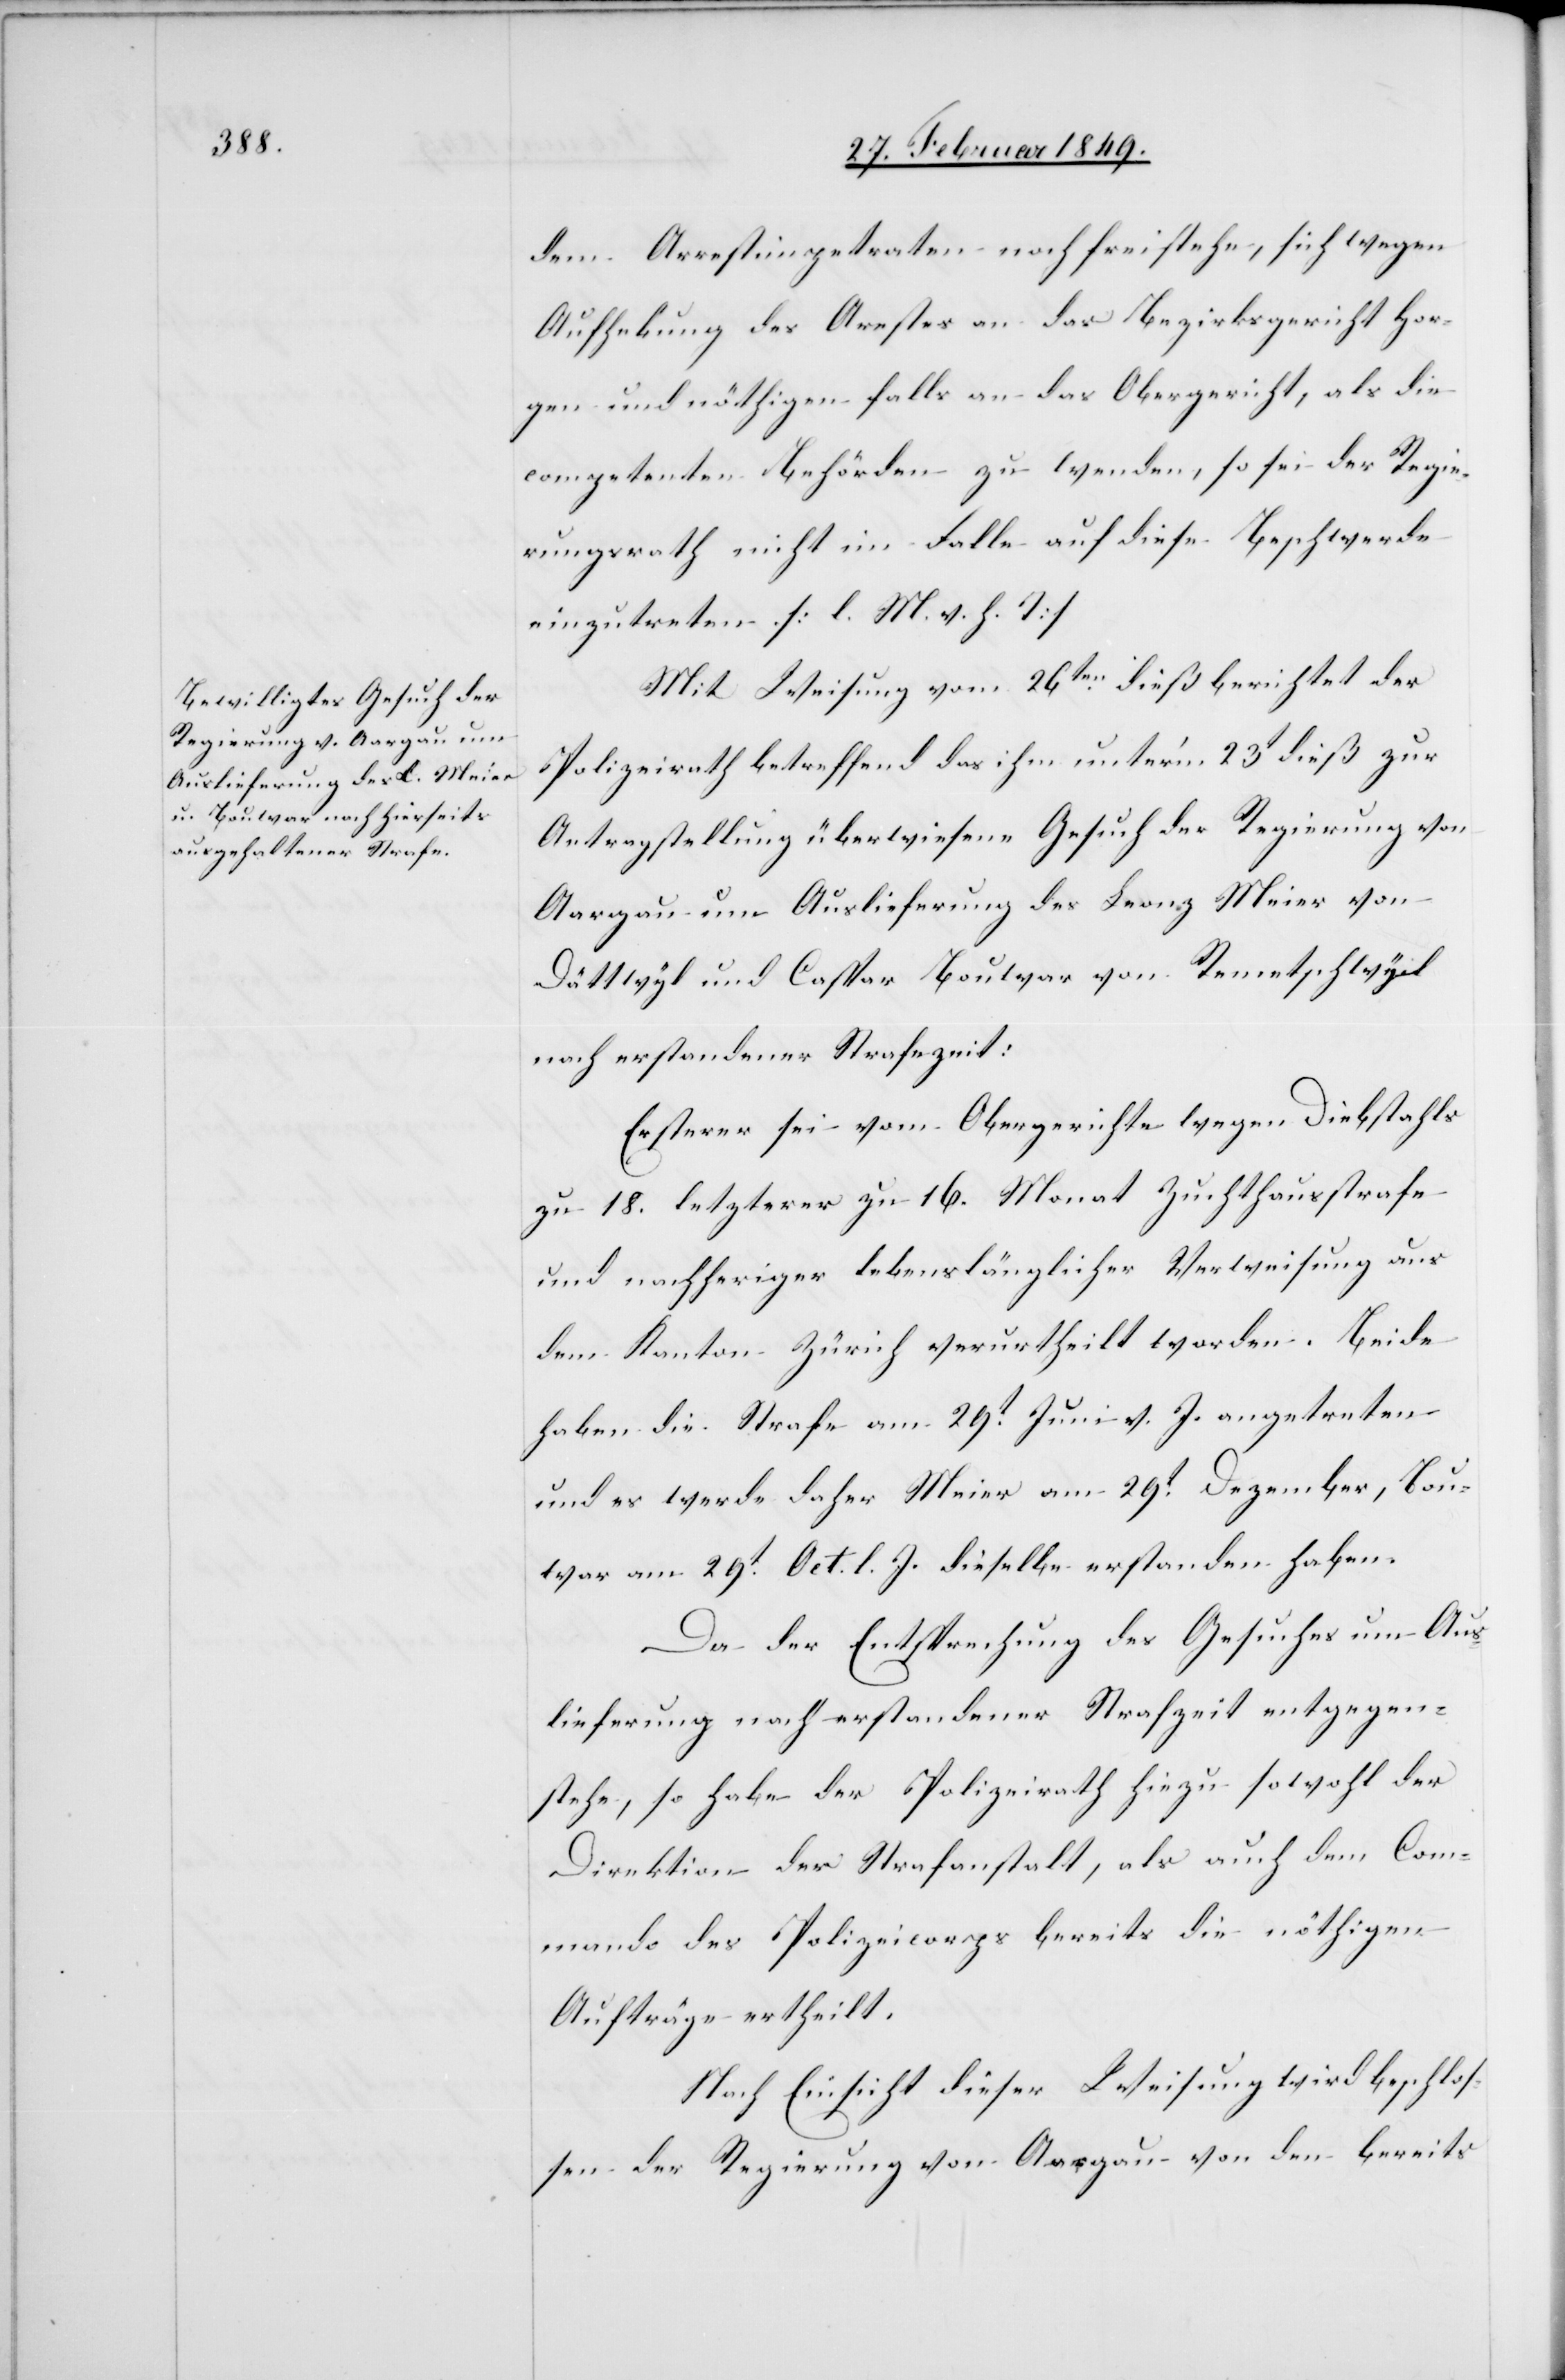
dem Arrestimpetraten noch freistehe, sich wegen
Aufhebung des Arestes an das Bezirksgericht Hor¬
gen und nöthigen falls an das Obergericht, als die
competenten Behörden zu wenden, so sei der Regie¬
rungsrath nicht im Falle auf diese Beschwerde
einzutreten. [l. M. v. h. T]
Mit Weisung vom 26ten. dieß berichtet der
Polizeirath betreffend das ihm unter’m 23t dieß zur
Antragstellung überwiesene Gesuch der Regierung von
Aargau um Auslieferung des Leonz Meier von
Dättwyl und Caspar Bouwar von Remetschwyl
nach erstandener Strafezeit:
Ersterer sei vom Obergerichte wegen Diebstahls
zu 18. letzterer zu 16. Monat Zuchthausstrafe
und nachheriger lebenslänglicher Verweisung aus
dem Kanton Zürich verurtheilt worden. Beide
haben die Strafe am 29t. Juni v. J. angetreten
und es werde daher Meier am 29t. Dezember, Bou¬
war am 29t. Oct. l. J. dieselbe erstanden haben.
Da der Entsprechung des Gesuches um Aus¬
lieferung nach erstandener Strafzeit [nichts] entgegen¬
stehe, so habe der Polizeirath hiezu sowohl der
Direktion der Strafanstalt, als auch dem Com¬
mando des Polizeicorps bereits die nöthigen
Aufträge ertheilt.
Nach Einsicht dieser Weisung wird beschlos¬
sen der Regierung von Aargau von den bereits